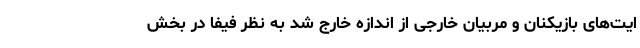
ایت‌های بازیکنان و مربیان خارجی از اندازه خارج شد به نظر فیفا در بخش